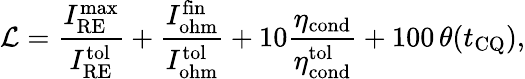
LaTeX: \mathcal{L}=\frac{I_{\mathrm{RE}}^{\mathrm{max}}}{I_{\mathrm{RE}}^{\mathrm{tol}}}+\frac{I_{\mathrm{ohm}}^{\mathrm{fin}}}{I_{\mathrm{ohm}}^{\mathrm{tol}}}+10\frac{\eta_{\mathrm{cond}}}{\eta_{\mathrm{cond}}^{\mathrm{tol}}}+100\, \theta(t_{\mathrm{CQ}}),